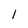
Character: 1